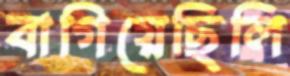
বাগিয়েছিলি